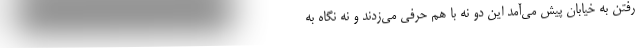
رفتن به خیابان پیش می‌آمد این دو نه با هم حرفی می‌زدند و نه نگاه به